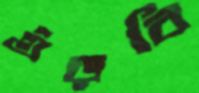
গুঁড়বি